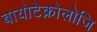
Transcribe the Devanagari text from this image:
बायोटेक्नोलोजि